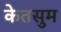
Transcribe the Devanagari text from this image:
केतसुम